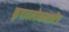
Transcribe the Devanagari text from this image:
कृपावलोकनानेंच